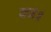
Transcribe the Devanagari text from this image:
यज॥